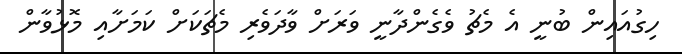
ހިގުއައިން ބުނީ އެ މެޗު ވެގެންދާނީ ވަރަށް ވާދަވެރި މެޗަކަށް ކަމަށާއި މޮޅުވާން